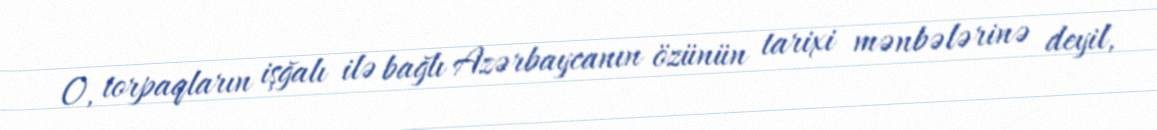
O, torpaqların işğalı ilə bağlı Azərbaycanın özünün tarixi mənbələrinə deyil,